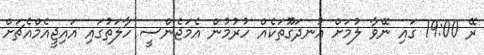
ރޭ 19:00 ގައި ނޭވާ ލުމަށް އުނދަގޫތަކެއް ހުރުމުން އެމަޖެންސީ ހާލަތުގައި އައިޖީއެމްއެޗަށް